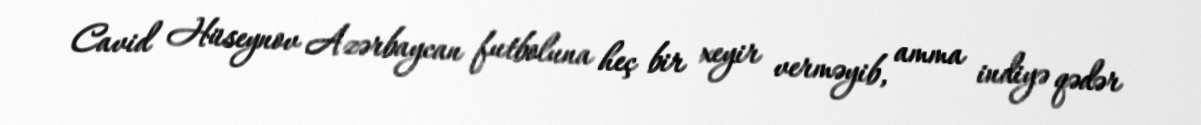
Cavid Hüseynov Azərbaycan futboluna heç bir xeyir verməyib, amma indiyə qədər